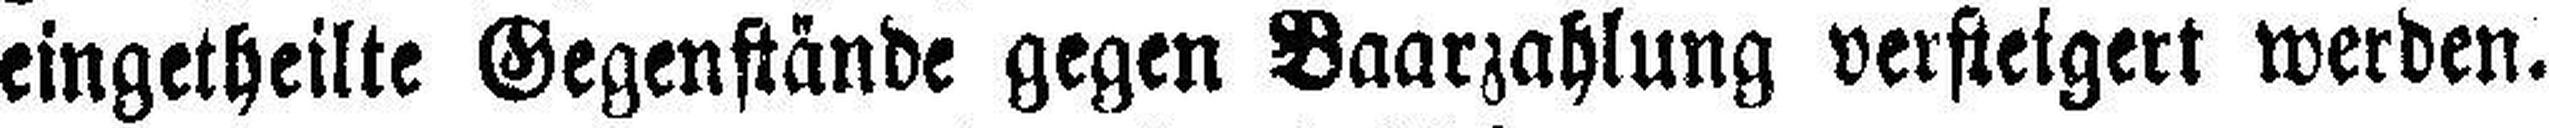
eingetheilte Gegenstände gegen Baarzahlung versteigert werden.